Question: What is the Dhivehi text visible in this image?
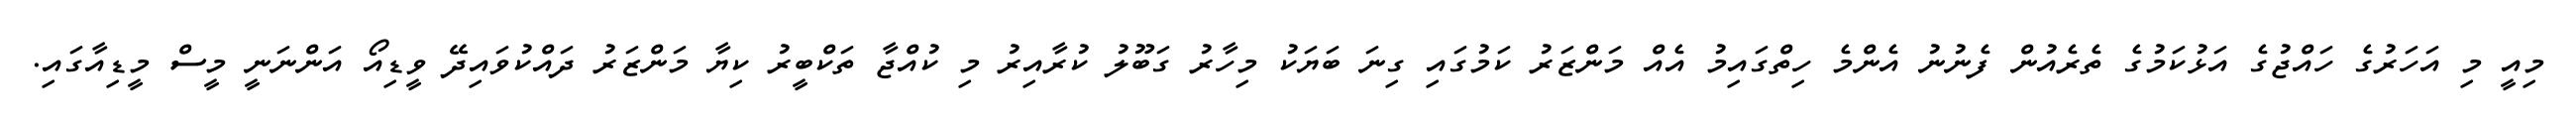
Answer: މިއީ މި އަހަރުގެ ހައްޖުގެ އަޅުކަމުގެ ތެރެއުން ފެނުނު އެންމެ ހިތްގައިމު އެއް މަންޒަރު ކަމުގައި ގިނަ ބަޔަކު މިހާރު ގަބޫލު ކުރާއިރު މި ކުއްޖާ ތަކްބީރު ކިޔާ މަންޒަރު ދައްކުވައިދޭ ވީޑިއޯ އަންނަނީ މީސް މީޑިއާގައި.